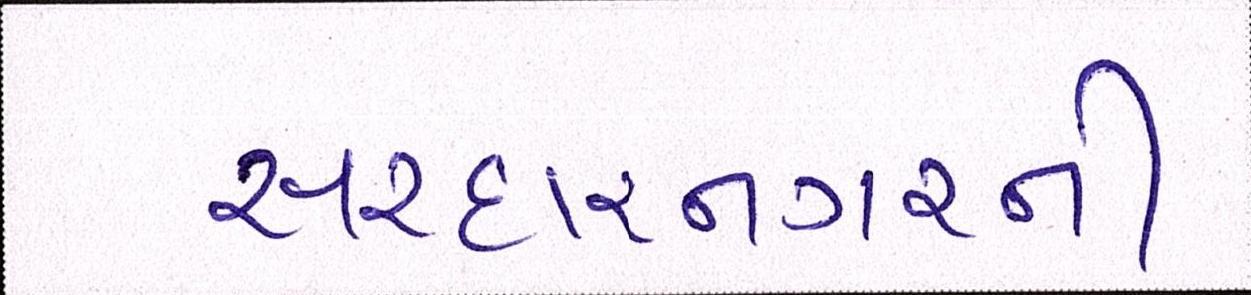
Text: સરદારનગરની